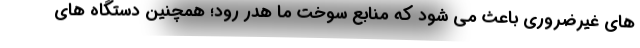
های غیرضروری باعث می شود که منابع سوخت ما هدر رود؛ همچنین دستگاه های